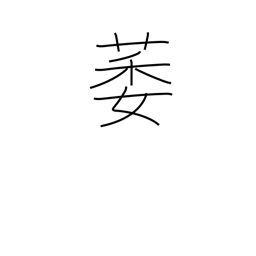
Meaning: lame